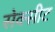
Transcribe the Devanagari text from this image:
सेक्सीट